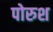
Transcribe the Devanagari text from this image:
पोरुश